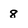
Character: 8